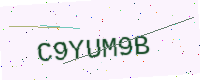
Text: C9YUM9B